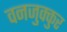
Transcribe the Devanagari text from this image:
वनजुक्कुर